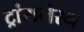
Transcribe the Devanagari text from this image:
ट्रांसमेरन